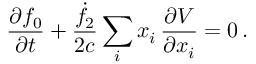
\frac { \partial f _ { 0 } } { \partial t } + \frac { \dot { f } _ { 2 } } { 2 c } \sum _ { i } x _ { i } \, \frac { \partial V } { \partial x _ { i } } = 0 \, .